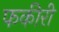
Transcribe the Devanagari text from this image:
फकीरी